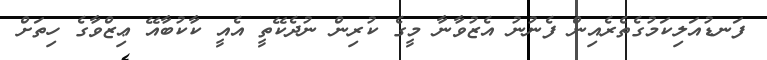
ފަނޑުއަލިކަމުގެތެރެއިން ފެނުނު އެޒުވާނާ މީގެ ކުރިން ނުދެކޭތީ އެއީ ކާކުބާއޭ ޢިޒްވާގެ ހިތަށް